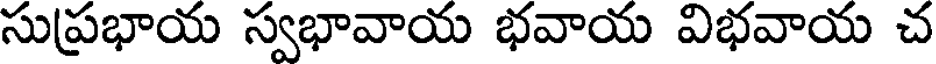
సుప్రభాయ స్వభావాయ భవాయ విభవాయ చ